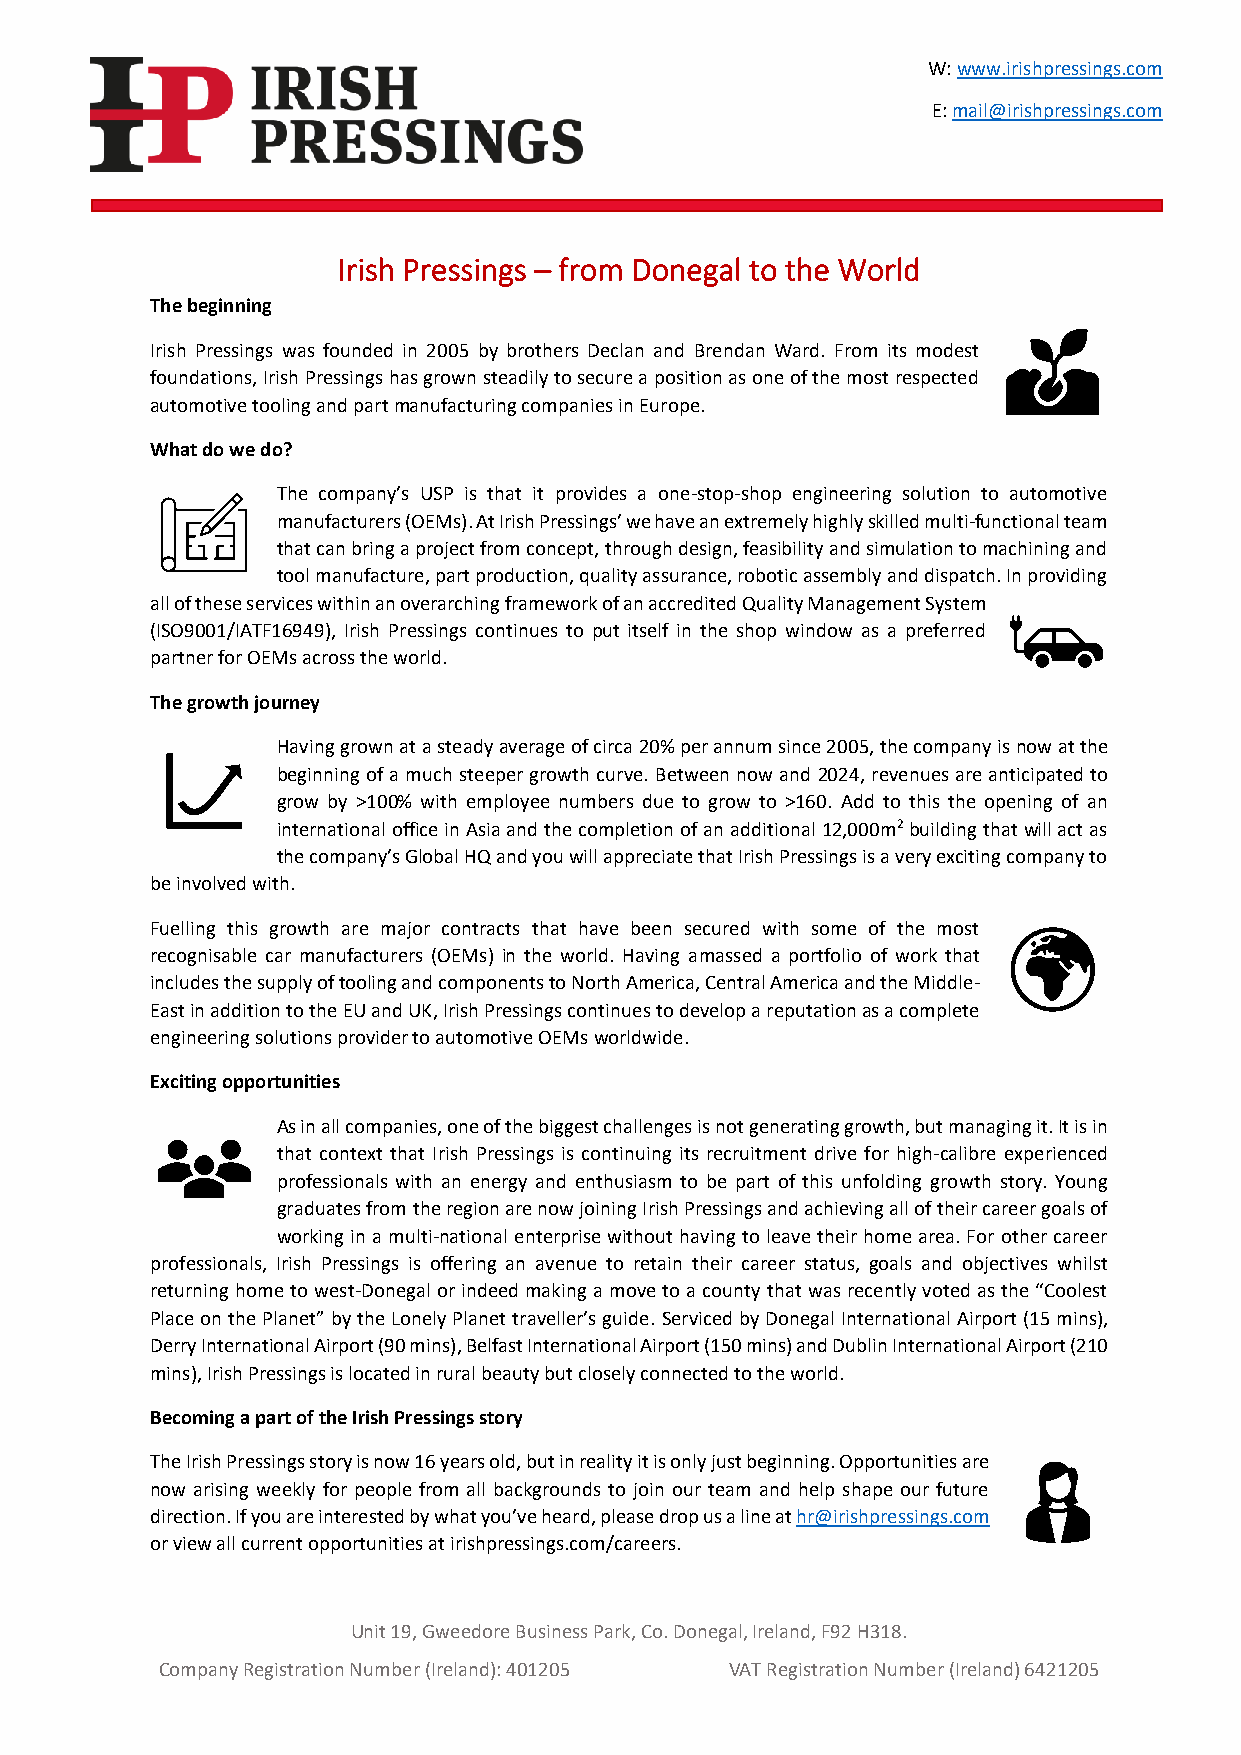
W: www.irishpressings.com
 E: mail@irishpressings.com
 Irish Pressings – from Donegal to the World
 The beginning
 Irish Pressings was founded in 2005 by brothers Declan and Brendan Ward. From its modest
 foundations, Irish Pressings has grown steadily to secure a position as one of the most respected
 automotive tooling and part manufacturing companies in Europe.
 What do we do?
 The company’s USP is that it provides a one-stop-shop engineering solution to automotive
 manufacturers (OEMs). At Irish Pressings’ we have an extremely highly skilled multi-functional team
 that can bring a project from concept, through design, feasibility and simulation to machining and
 tool manufacture, part production, quality assurance, robotic assembly and dispatch. In providing
 all of these services within an overarching framework of an accredited Quality Management System
 (ISO9001/IATF16949), Irish Pressings continues to put itself in the shop window as a preferred
 partner for OEMs across the world.
 The growth journey
 Having grown at a steady average of circa 20% per annum since 2005, the company is now at the
 beginning of a much steeper growth curve. Between now and 2024, revenues are anticipated to
 grow by >100% with employee numbers due to grow to >160. Add to this the opening of an
 international office in Asia and the completion of an additional 12,000m2 building that will act as
 the company’s Global HQ and you will appreciate that Irish Pressings is a very exciting company to
 be involved with.
 Fuelling this growth are major contracts that have been secured with some of the most
 recognisable car manufacturers (OEMs) in the world. Having amassed a portfolio of work that
 includes the supply of tooling and components to North America, Central America and the Middle-
 East in addition to the EU and UK, Irish Pressings continues to develop a reputation as a complete
 engineering solutions provider to automotive OEMs worldwide.
 Exciting opportunities
 As in all companies, one of the biggest challenges is not generating growth, but managing it. It is in
 that context that Irish Pressings is continuing its recruitment drive for high-calibre experienced
 professionals with an energy and enthusiasm to be part of this unfolding growth story. Young
 graduates from the region are now joining Irish Pressings and achieving all of their career goals of
 working in a multi-national enterprise without having to leave their home area. For other career
 professionals, Irish Pressings is offering an avenue to retain their career status, goals and objectives whilst
 returning home to west-Donegal or indeed making a move to a county that was recently voted as the “Coolest
 Place on the Planet” by the Lonely Planet traveller’s guide. Serviced by Donegal International Airport (15 mins),
 Derry International Airport (90 mins), Belfast International Airport (150 mins) and Dublin International Airport (210
 mins), Irish Pressings is located in rural beauty but closely connected to the world.
 Becoming a part of the Irish Pressings story
 The Irish Pressings story is now 16 years old, but in reality it is only just beginning. Opportunities are
 now arising weekly for people from all backgrounds to join our team and help shape our future
 direction. If you are interested by what you’ve heard, please drop us a line at hr@irishpressings.com
 or view all current opportunities at irishpressings.com/careers.
 Unit 19, Gweedore Business Park, Co. Donegal, Ireland, F92 H318.
 Company Registration Number (Ireland): 401205 VAT Registration Number (Ireland) 6421205